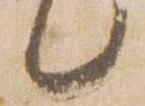
言